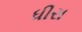
ધીરા